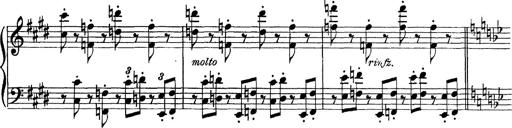
Title: Scherzo und Marsch
Composer: Franz Liszt